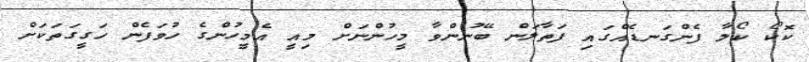
ކޮކޯ ކޯލާ ފެންގަނޑެއްގައި ފަތާލަން ބޭނުންވާ މީހުންނަށް މިއީ އެމީހުންގެ ހުވަފެން ހަގީގަތަކަށް